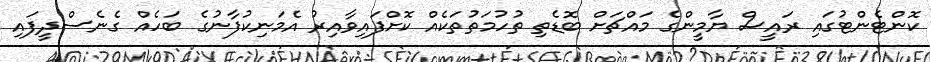
ކޮންޓެންޓުގައި ރައީސް ޔާމީންގެ މައްޗަށް ބޮޑެތި ތުހުމަތުތަކެއް ކޮށްފައިވާއިރު އެމަނިކުފާނުގެ ބަހެއް ގެނެސްދީފައި